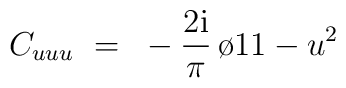
C_{uuu}~=~-{{2{\rm i}} \over \pi} \, {\o{1}{1-u^2}}